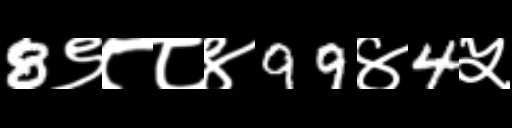
Text: 8९८८४99४4५